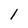
Character: 1